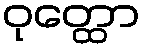
ဝုတ္ထော